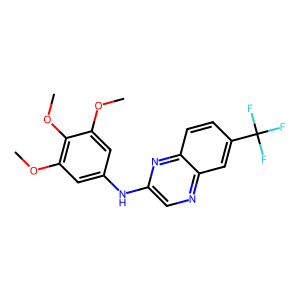
SMILES: COc1cc(Nc2cnc3cc(C(F)(F)F)ccc3n2)cc(OC)c1OC
Inhibits HIV replication: No